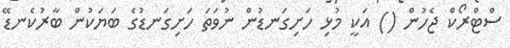
ސްޓްރޯކް ޖެހުން () އަކީ މުޅި ހަށިގަނޑުން ނުވަތަ ހަށިގަނޑުގެ ބަޔަކުން ބާރުކެނޑޭ